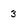
Character: 3